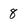
Character: 8